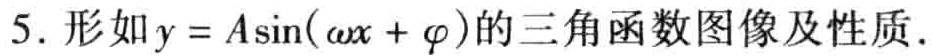
5. 形如\(y = A\sin(\omega x + \varphi)\)的三角函数图像及性质.